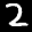
Label: 2